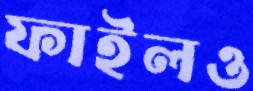
ফাইলও